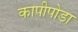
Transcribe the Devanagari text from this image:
कापीपोडा